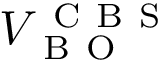
V _ { \mathrm { ~ B ~ O ~ } } ^ { \mathrm { ~ C ~ B ~ S ~ } }